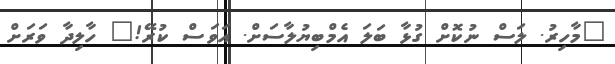
"މާހިރު. ލަސް ނުކޮށް ގުޅާ ބަލަ އެމްބިޔުލާސަށް. އަވަސް ކުރޭ!" ހާލިދާ ވަރަށް